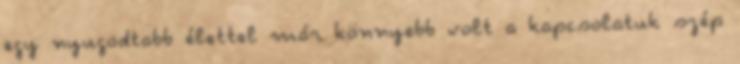
egy nyugodtabb élettel már könnyebb volt a kapcsolatuk szép